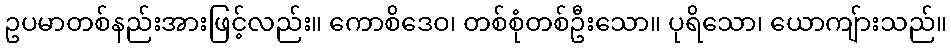
ဥပမာတစ်နည်းအားဖြင့်လည်း။ ကောစိဒေဝ၊ တစ်စုံတစ်ဦးသော။ ပုရိသော၊ ယောကျ်ားသည်။